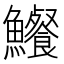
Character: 𩽐